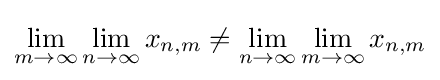
\lim _{m\to \infty }\lim _{n\to \infty }x_{n,m}\neq \lim _{n\to \infty }\lim _{m\to \infty }x_{n,m}